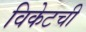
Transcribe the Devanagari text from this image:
विकेटची